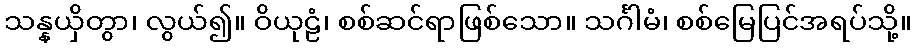
သန္နယှိတွာ၊ လွယ်၍။ ဝိယုဠံ၊ စစ်ဆင်ရာဖြစ်သော။ သင်္ဂါမံ၊ စစ်မြေပြင်အရပ်သို့။